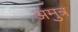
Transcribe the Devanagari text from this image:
अमुत्र